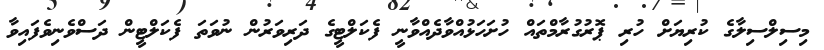
މިސިލްސިލާގެ ކުރިޔަށް ހުރި ޕޮރުގުރާމްތައް ހުށަހަޅުއްވާދެއްވާނީ ފެކަލްޓީގެ ދަރިވަރުން ނުވަތަ ފެކަލްޓީން ދަސްވެނިވެފައިވާ